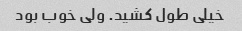
خیلی طول کشید. ولی خوب بود